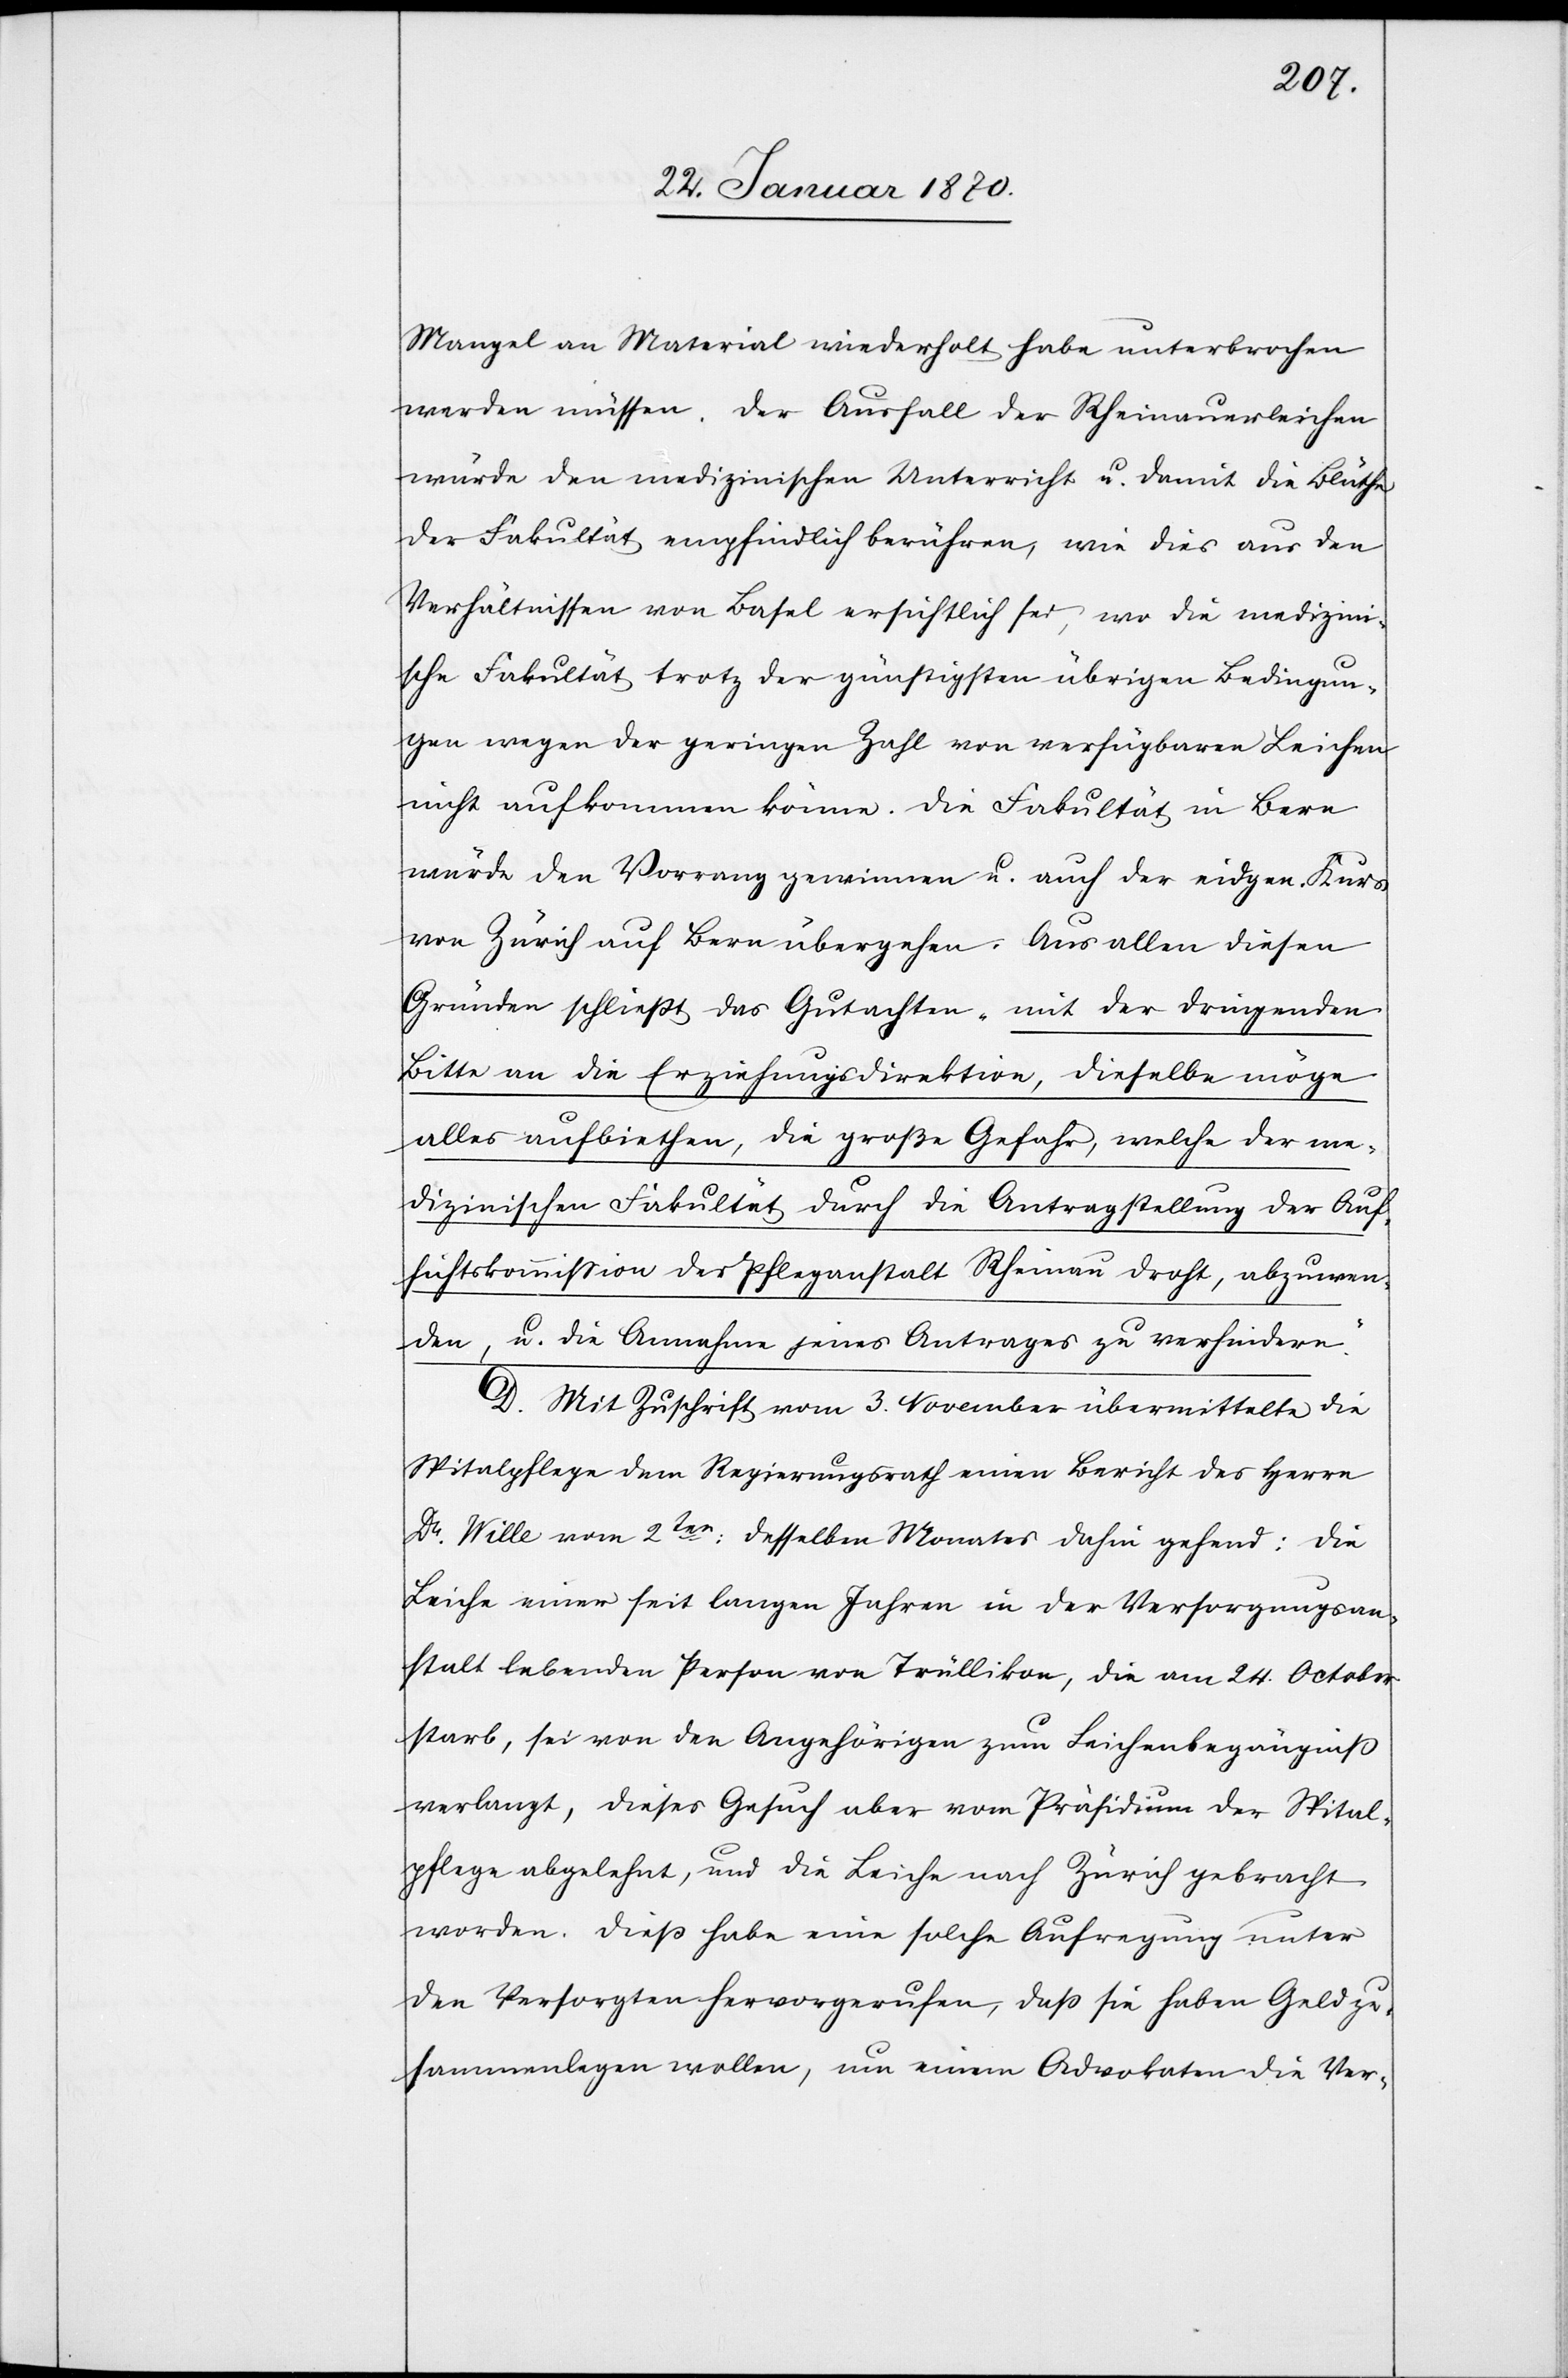
Mangel an Material wiederholt habe unterbrochen
werden müssen. Der Ausfall der Rheinauerleichen
würde den medizinischen Unterricht u. damit die Blüthe
der Fakultät empfindlich berühren, wie dies aus den
Verhältnissen von Basel ersichtlich sei, wo die medizini¬
sche Fakultät trotz der günstigsten übrigen Bedingun¬
gen wegen der geringen Zahl von verfügbaren Leichen
nicht aufkommen könne. Die Fakultät in Bern
würde den Vorrang gewinnen u. auch der eidgen. Kurs
von Zürich auf Bern übergehen. Aus allen diesen
Gründen schließt das Gutachten „mit der dringenden
Bitte an die Erziehungsdirektion, dieselbe möge
alles aufbiethen, die große Gefahr, welche der me¬
dizinischen Fakultät durch die Antragstellung der Auf¬
sichtskommission der Pfleganstalt Rheinau droht, abzuwen¬
den, u. die Annahme jenes Antrages zu verhindern.“
D. Mit Zuschrift vom 3. November übermittelte die
Spitalpflege dem Regierungsrath einen Bericht des Herrn
Dr. Wille vom 2ten: desselben Monates dahin gehend: Die
Leiche einer seit langen Jahren in der Versorgungsan¬
stalt lebenden Person von Trüllikon, die am 24. October
starb, sei von den Angehörigen zum Leichenbegängniß
verlangt, dieses Gesuch aber vom Präsidium der Spital¬
pflege abgelehnt, und die Leiche nach Zürich gebracht
worden. Dieß habe eine solche Aufregung unter
den Versorgten hervorgerufen, daß sie haben Geld zu¬
sammenlegen wollen, um einem Advokaten die Ver-